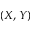
( X , Y )